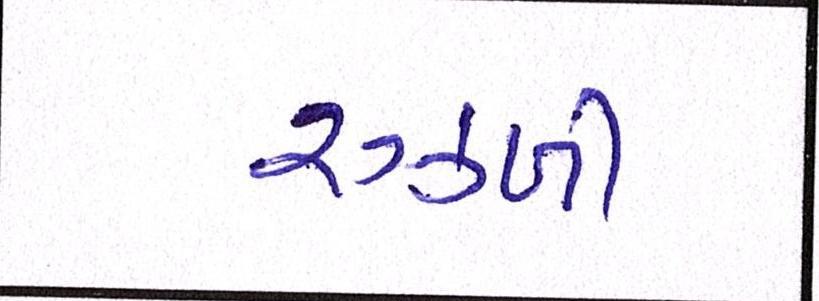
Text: રઝ્ળી